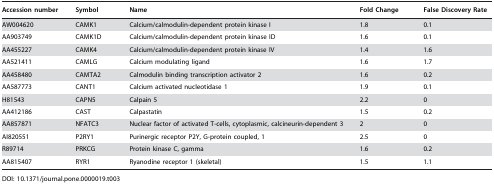
<table><thead><tr><td><b>Accession number</b></td><td><b>Symbol</b></td><td><b>Name</b></td><td><b>Fold Change</b></td><td><b>False Discovery Rate</b></td></tr></thead><tbody><tr><td>AW004620</td><td>CAMK1</td><td>Calcium/calmodulin-dependent protein kinase I</td><td>1.8</td><td>0.1</td></tr><tr><td>AA903749</td><td>CAMK1D</td><td>Calcium/calmodulin-dependent protein kinase ID</td><td>1.6</td><td>0.1</td></tr><tr><td>AA455227</td><td>CAMK4</td><td>Calcium/calmodulin-dependent protein kinase IV</td><td>1.4</td><td>1.6</td></tr><tr><td>AA521411</td><td>CAMLG</td><td>Calcium modulating ligand</td><td>1.6</td><td>1.7</td></tr><tr><td>AA458480</td><td>CAMTA2</td><td>Calmodulin binding transcription activator 2</td><td>1.6</td><td>0.2</td></tr><tr><td>AA587773</td><td>CANT1</td><td>Calcium activated nucleotidase 1</td><td>1.9</td><td>0.1</td></tr><tr><td>H81543</td><td>CAPN5</td><td>Calpain 5</td><td>2.2</td><td>0</td></tr><tr><td>AA412186</td><td>CAST</td><td>Calpastatin</td><td>1.5</td><td>0.2</td></tr><tr><td>AA857871</td><td>NFATC3</td><td>Nuclear factor of activated T-cells, cytoplasmic, calcineurin-dependent 3</td><td>2</td><td>0</td></tr><tr><td>AI820551</td><td>P2RY1</td><td>Purinergic receptor P2Y, G-protein coupled, 1</td><td>2.5</td><td>0</td></tr><tr><td>R89714</td><td>PRKCG</td><td>Protein kinase C, gamma</td><td>1.6</td><td>0.2</td></tr><tr><td>AA815407</td><td>RYR1</td><td>Ryanodine receptor 1 (skeletal)</td><td>1.5</td><td>1.1</td></tr></tbody></table>